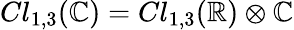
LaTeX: Cl_{1,3}(\mathbb{C})=Cl_{1,3}(\mathbb{R})\otimes\mathbb{C}